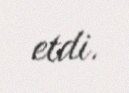
etdi.